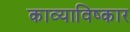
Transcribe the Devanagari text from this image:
काव्याविष्कार